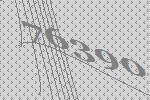
76390